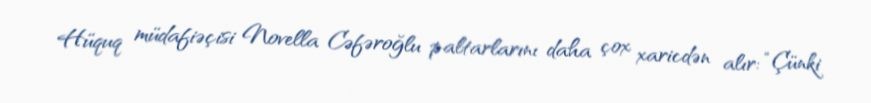
Hüquq müdafiəçisi Novella Cəfəroğlu paltarlarını daha çox xaricdən alır: “Çünki